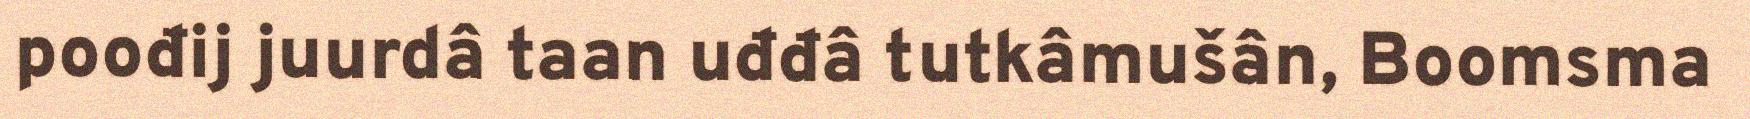
poođij juurdâ taan uđđâ tutkâmušân, Boomsma